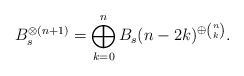
\begin{align*}B_s^{\otimes (n+1)}=\bigoplus_{k=0}^{n} B_s(n-2k)^{\oplus {\binom{n}{k}}}.\end{align*}